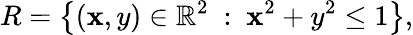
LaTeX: R=\left\{ (\mathbf{x},y)\in\mathbb{{R}}^{2}\ :\ \mathbf{x}^{2}+y^{2}\leq1\right\} ,